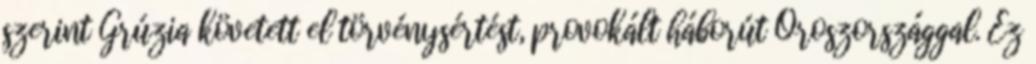
szerint Grúzia követett el törvénysértést, provokált háborút Oroszországgal. Ez